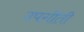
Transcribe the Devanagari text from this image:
उपगीती